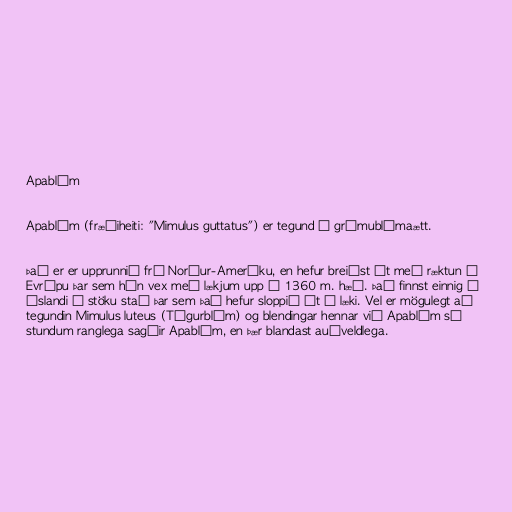
Apablóm

Apablóm (fræðiheiti: "Mimulus guttatus") er tegund í grímublómaætt.

Það er er upprunnið frá Norður-Ameríku, en hefur breiðst út með ræktun í
Evrópu þar sem hún vex með lækjum upp í 1360 m. hæð. Það finnst einnig á
Íslandi á stöku stað þar sem það hefur sloppið út í læki. Vel er mögulegt að
tegundin Mimulus luteus (Tígurblóm) og blendingar hennar við Apablóm sé
stundum ranglega sagðir Apablóm, en þær blandast auðveldlega.